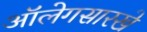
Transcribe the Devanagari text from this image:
ऑलेगसारखे